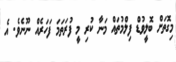
މިގޮތަށް ބޮލީވުޑް ފިލްމުތައް މަނާ ކުރި މީ ފުރަތަމަ ފަހަރެއް ނޫނެވެ. އެ